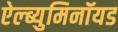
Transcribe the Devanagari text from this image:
ऐल्ब्युमिनॉयड